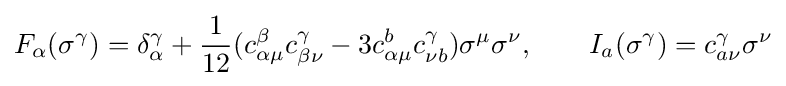
F_{\alpha }(\sigma ^{\gamma })=\delta _{\alpha }^{\gamma }+{\frac {1}{12}}(c_{\alpha \mu }^{\beta }c_{\beta \nu }^{\gamma }-3c_{\alpha \mu }^{b}c_{\nu b}^{\gamma })\sigma ^{\mu }\sigma ^{\nu },\qquad I_{a}(\sigma ^{\gamma })=c_{a\nu }^{\gamma }\sigma ^{\nu }